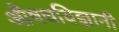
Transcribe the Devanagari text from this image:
औषधविज्ञानी